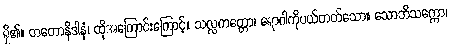
ရှိ၏။ တတောနိဒါနံ၊ ထိုအကြောင်းကြောင့်။ သလ္လကတ္တော၊ ရောဂါကိုပယ်တတ်သော။ သောဘိသက္ကော၊